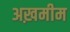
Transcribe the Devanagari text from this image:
अख़मीम